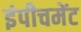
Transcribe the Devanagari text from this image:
इंपीचमेंट